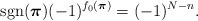
\begin{align*} \mathop{\mathrm{sgn}}(\boldsymbol{\pi})(-1)^{f_0(\boldsymbol{\pi})}=(-1)^{N-n}. \end{align*}